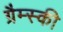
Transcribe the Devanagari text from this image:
ग्रैम्स्की